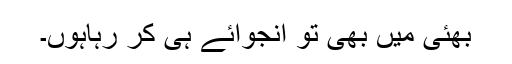
بھئی میں بھی تو انجوائے ہی کر رہاہوں۔